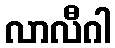
လာလီဂါ